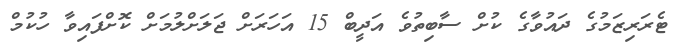
ޓެރަރިޒަމުގެ ދައުވާގެ ކުށް ސާބިތުވެ އަދީބް 15 އަހަރަށް ޖަލަށްލުމަށް ކޮށްފައިވާ ހުކުމް